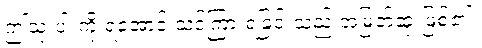
ဤသုံးပါးကို ရအောင် သင်ကြားရခြင်းသည် အမြတ်ဆုံးဖြစ်၏။